Annual report on the working of the mental hospitals in the Madras Presidency - 1912-1932
Year: 1912
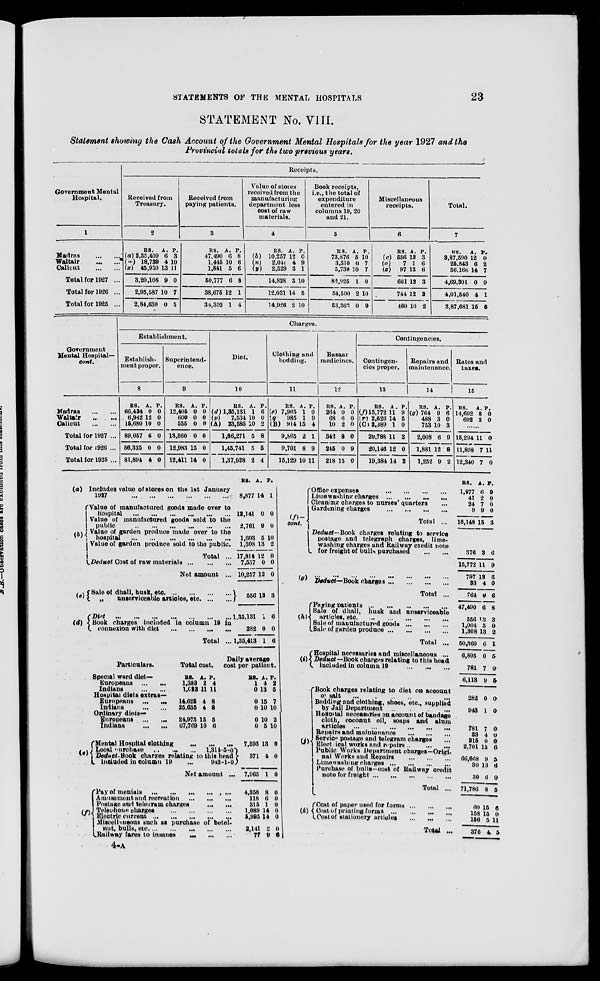
STATEMENTS OF THE MENTAL HOSPITALS
23
STATEMENT No. VIII.
Statement showing the Cash Account of the Government Mental Hospitals for the year 1927 and the
Provincial totals for the two previous years.
Government Mental
Hospital.
1
Madras
...
...
Waltair ... ...
Calicut
...
...
Total for 1927 ...
Total for 1926 ...
Total for 1925 ...
Receipts.
Received from
Treasury.
2
RS.
(a) 2,55,409
(m) 18,739
(x) 45,959
3,20,106
2,95,587
2,84,630
A.
6
4
13
9
10
0
P.
3
10
11
0
7
5
Received from
paying patients.
3
RS.
47,490
1,445
1,841
50,777
38,675
34,302
A.
6
10
5
6
12
1
P.
8
6
6
8
1
4
Value of stores
received from the
manufacturing
department less
cost of raw
materials.
4
RS.
(b) 10,257
(n)
2,041
(y)
2,529
14,828
12,031
14,926
A.
12
4
3
3
14
2
P.
0
9
1
10
5
10
Book receipts,
i.e., the total of
expenditure
entered in
columns 19, 20
and 21.
5
RS.
73,876
3,310
5,738
82,925
54,500
53,363
A.
5
0
10
1
2
0
P.
10
7
7
0
10
9
Miscellaneous
receipts.
6
RS.
(c) 556
(o)
7
(z)
97
661
744
460
A.
13
1
13
12
12
10
P.
3
6
6
3
2
2
Total.
7
RS.
3,87,590
25,543
56,166
4,69,301
4,01,540
3,87,681
A.
12
6
14
0
4
15
P.
0
2
7
9
1
6
Government
Mental Hospital—
cont.
Madras
...
...
Waltair ... ...
Calicut
...
...
Total for 1927 ...
Total for 1926 ...
Total for 1925 ...
Charges.
Establishment.
Establish-
ment proper.
8
RS.
66,434
6,942
15,680
89,057
86,325
81,894
A.
0
12
10
6
0
4
P.
0
0
0
0
0
0
Superintend-
ence.
9
RS.
12,405
600
555
13,560
12,983
12,411
A.
0
0
0
0
15
14
P.
0
0
0
0
0
0
Diet.
10
RS.
(d) 1,35,131
(p)
7,534
(A) 23,585
1,66,271
1,45,741
1,37,928
A.
1
10
10
5
5
2
P.
6
0
2
8
5
4
Clothing and
bedding.
11
RS.
(e) 7,965
(q) 985
(B) 914
9,865
9,701
15,129
A.
1
1
15
2
8
10
P.
0
9
4
1
9
11
Bazaar
medicines.
12
RS.
264
68
10
342
245
218
A.
0
6
2
8
0
15
P.
0
0
0
0
9
0
Contingencies.
Contingen-
cies proper.
13
RS.
(f) 15,772
(r) 2,626
(C) 2,389
20,788
20,146
19,384
A .
11
14
1
11
12
14
P.
9
5
0
2
0
2
Repairs and
maintenance.
14
RS.
(g) 764
488
753
2,008
1,881
1,252
A.
9
3
10
6
12
9
P.
6
0
3
9
8
2
Rates and
taxes.
15
RS.
14,602
692
A.
8
3
P.
0
0
......
15,294
11,808
12,340
11
7
7
0
11
0
(a)
(b)
Includes value of stores on the 1st January
1927
...
...
...
...
...
...
Value of manufactured goods made over to
hospital
...
...
...
...
...
...
Value of manufactured goods sold to the
public
...
...
...
...
...
...
Value of garden produce made over to the
hospital
...
...
...
...
...
...
Value of garden produce sold to the public.
Total ...
Deduct Cost of raw materials
...
...
...
Net amount ...
RS.
8,877
12,141
2,761
1,603
1,308
17,814
7,557
10,257
A.
14
0
9
5
13
12
0
12
P.
1
0
0
10
2
0
0
0
(c)
(d)
Sale of dhall, husk, etc.
...
...
...
...
„
unserviceable articles, etc. ... ...
Diet ... ... ... ... ... ...
Book charges included in column 19 in
connexion with diet
...
...
...
...
Total ...
556
1,35,131
282
1,35,413
13
1
0
1
3
6
0
6
Particulars.
Special ward diet-
Europeans
...
...
Indians
...
...
Hospital diets extras-
Europeans
...
...
Indians
...
...
Ordinary diets —
Europeans
...
...
Indians
...
...
Total cost.
RS.
1,383
1,023
14,625
25,635
24,975
67,769
A.
2
11
4
4
15
10
P.
4
11
8
8
5
6
Daily average
cost per patient.
RS.
1
0
0
0
0
0
A.
4
13
15
10
10
5
P.
2
5
7
10
2
10
(e)
Mental Hospital clothing ... ... ...
Local purchase ...
...
...
1,311-5-0
Deduct- Book charges relating to this head
included in column 19
...
943-1-0
Net amount ...
(f)
Pay of menials
...
...
...
...
...
Amusement and recreation
...
...
...
Postage and telegram charges
...
...
Telephone charges
...
...
...
...
Electric current
...
...
...
...
...
Miscellaneous such as purchase of betel-
nut, bulls, etc. ... ... ... ...
...
Railway fares to insanes
...
...
...
7,593
371
7,965
4,358
118
315
1,089
5,995
2,141
77
13
4
1
8
6
1
14
14
2
9
0
0
0
0
0
0
0
0
0
6
(f)—
cont.
(g)
Office expenses
...
...
...
...
Lime washing charges
...
...
...
...
Cleaning charges to nurses' quarters ...
Gardening charges
...
...
...
...
Total ...
Deduct—Book
charges relating to service
postage and telegraph charges, lime-
washing charges and Railway credit note
for freight of bulls purchased
...
...
...
...
...
...
...
...
...
...
Deduct—Book charges
...
...
...
...
Total ...
(h)
Paying patients
...
...
...
...
...
Sale of dhall, husk and unserviceable
articles,
etc.
...
...
...
...
...
Sale of manufactured goods
...
...
...
Sale of garden produce
...
...
...
...
Total ...
(i)
Hospital necessaries and miscellaneous ...
Deduct—Book charges relating to this head
included in column 19
...
...
...
(j)
(k)
Book charges relating to diet on account
of
salt
... ... ... ... ... ...
Bedding and clothing, shoes, etc., supplied
by Jail Department ... ... ... ...
Hospital necessaries on account of bandage
cloth, coconut oil, soaps and alum
articles
...
...
...
...
...
...
Repairs and maintenance
...
...
...
Service postage and telegram charges ...
Electrical works and repairs
...
...
...
Public Works Department charges—Origi-
nal Works and Repairs
...
...
...
Limewashing charges
...
...
...
...
Purchase of bulls-cost of Railway credit
note for freight
...
...
...
...
...
Total ...
Cost of paper used for forms
...
...
...
Cost of printing forms
...
...
...
...
Cost of stationery articles
...
...
...
Total ...
RS.
1,977
41
24
9
16,148
376
15,772
797
33
764
47,490
556
1,004
1,308
50,360
6,895
781
6,113
282
943
781
33
315
2,701
66,668
30
30
71,786
60
158
156
376
A.
6
2
7
9
15
3
11
13
4
9
6
13
5
13
6
0
7
9
0
1
7
4
0
15
9
13
6
8
15
15
5
4
P.
9
0
0
0
3
6
9
6
0
6
8
3
0
2
1
5
0
5
0
0
0
0
0
6
5
6
0
5
6
0
11
5
4-A